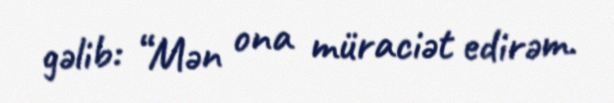
gəlib: “Mən ona müraciət edirəm.